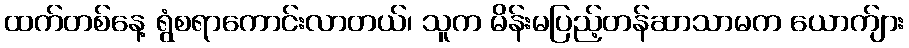
ထက်တစ်နေ့ ရွံစရာကောင်းလာတယ်၊ သူက မိန်းမပြည့်တန်ဆာသာမက ယောက်ျား